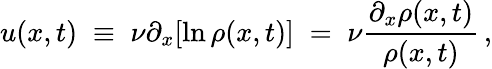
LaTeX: u(x,t)\; \equiv\; \nu\partial_{x}[\ln\rho(x,t)]\; =\; \nu\frac{\partial_{x}\rho(x,t)}{\rho(x,t)}\, ,